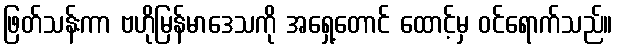
ဖြတ်သန်းကာ ဗဟိုမြန်မာဒေသကို အရှေ့တောင် ထောင့်မှ ဝင်ရောက်သည်။